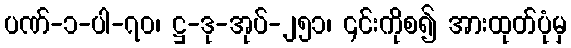
ပဏ်-၁-ပါ-၇၀၊ ဋ္ဌ-ဒု-အုပ်-၂၅၁၊ ၎င်းကိုစ၍ အားထုတ်ပုံမှ